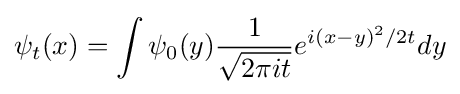
\psi _{t}(x)=\int \psi _{0}(y){1 \over {\sqrt {2\pi it}}}e^{i(x-y)^{2}/2t}dy